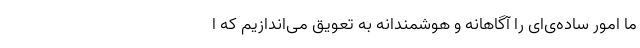
ما امور ساده‌ی‌ای را آگاهانه و هوشمندانه به تعویق می‌اندازیم که ا